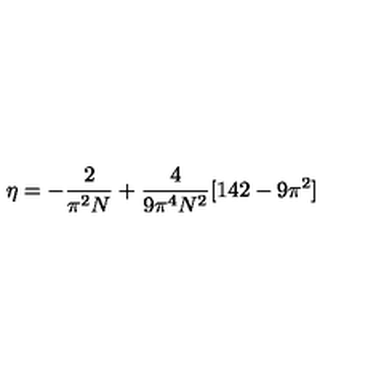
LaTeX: \eta = - \frac { 2 } { \pi ^ { 2 } N } + \frac { 4 } { 9 \pi ^ { 4 } N ^ { 2 } } [ 1 4 2 - 9 \pi ^ { 2 } ]